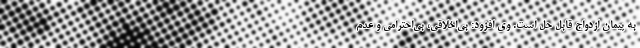
به پیمان ازدواج قابل حل است. وی افزود: بی‌اخلاقی‌، بی‌احترامی و عدم